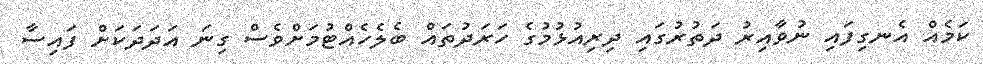
ކަމެއް އެނގިފައި ނުވާއިރު ދަތުރުގައި ދިރިއުޅުމުގެ ހަރަދުތައް ބެލެހެއްޓުމަށްވެސް ގިނަ އަދަދަކަށް ފައިސާ